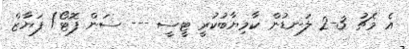
އެ މެޗު 3-2 ލަނޑުން ކާމިޔާބުކުރީ ޓީސީ --- ސަން ފޮޓޯ/ ފަޔާޒް